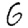
Digit: 6